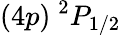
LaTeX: (4p)~^{2}P_{1/2}